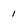
Character: 1